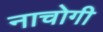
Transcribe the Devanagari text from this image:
नाचोगी